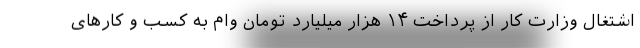
اشتغال وزارت کار از پرداخت ۱۴ هزار میلیارد تومان وام به کسب و کارهای